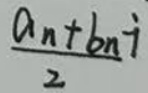
\frac{a_{n}+b_{n}i}{2}